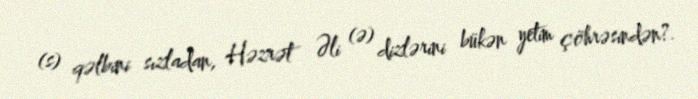
(s) qəlbini sızladan, Həzrət Əli (ə) dizlərini bükən yetim çöhrəsindən?.